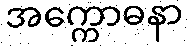
အက္ကောဓနာ